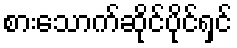
စားသောက်ဆိုင်ပိုင်ရှင်